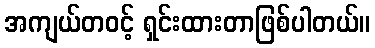
အကျယ်တဝင့် ရှင်းထားတာဖြစ်ပါတယ်။